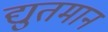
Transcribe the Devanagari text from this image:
द्युतमान